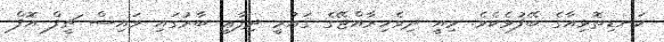
ކަނޑިތޮޅިއާގެ ބޭފުޅެކެވެ. މިއީ ދިވެހިރާއްޖޭގެ ޤައުމީ ދިފާޢީ ބާރުގައި ވައިސް ޗީފް އޮފް